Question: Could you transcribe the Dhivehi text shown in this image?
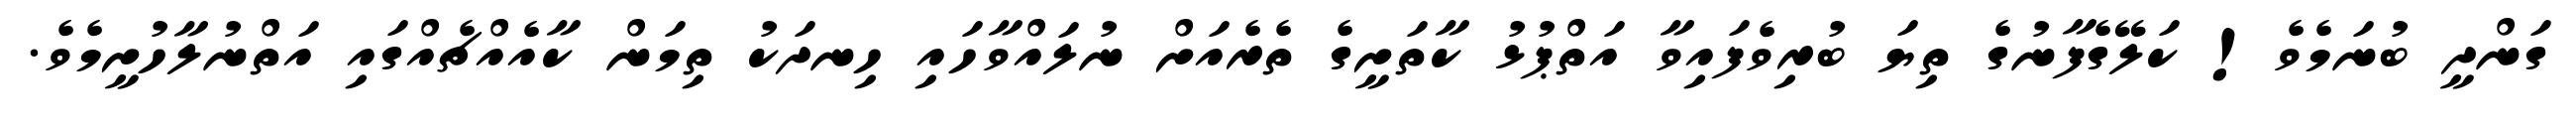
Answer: ގަންދީ ބުނަމެވެ! ކަލޭގެފާނުގެ ތިޔަ ބުރިވެފައިވާ އަތްޕުޅު ކާތަށީގެ ތެރެއަށް ނުލައްވާހައި ހިނދަކު ތިމަން ކާއެއްޗެއްގައި އަތްނުލާހުށީމެވެ.